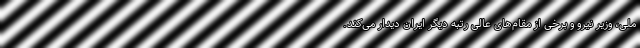
ملی، وزیر نیرو و برخی از مقام‌های عالی رتبه‌ دیگر ایران دیدار می‌‌کند.